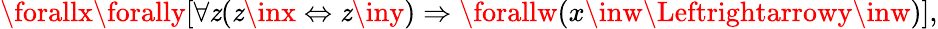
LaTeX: \forallx\forally[\forall\mathit{z}(\mathit{z}\inx\Leftrightarrow\mathit{z}\iny)\Rightarrow\forallw(x\inw\Leftrightarrowy\inw)],